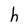
Character: h